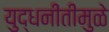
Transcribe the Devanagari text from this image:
युद्धनीतीमुळे